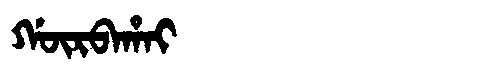
Manchu: ᡤᡡᡵᠪᠠᡥᠠᡳ
Romanization: GŪRBAHAI